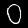
Label: 0